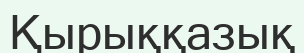
Қырыққазық